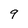
Character: 9